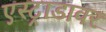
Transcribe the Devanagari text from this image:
एस्ट्राडावर